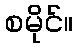
စမိုင်။